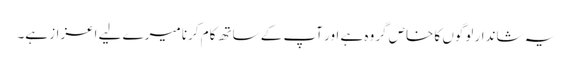
یہ شاندار لوگوں کا خاص گروہ ہے اور آپ کے ساتھ کام کرنا میرے لیے اعزاز ہے۔